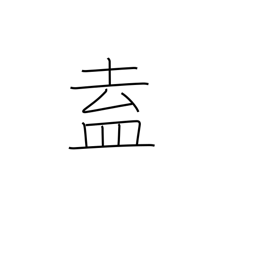
Meaning: congregate